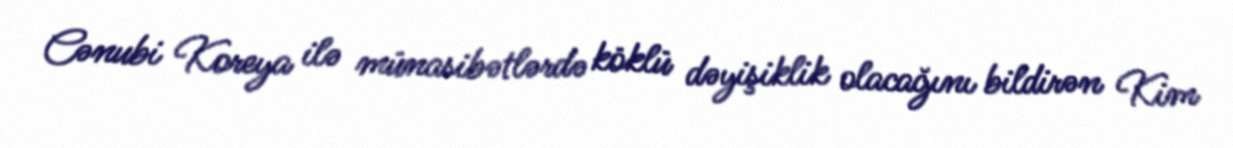
Cənubi Koreya ilə münasibətlərdə köklü dəyişiklik olacağını bildirən Kim